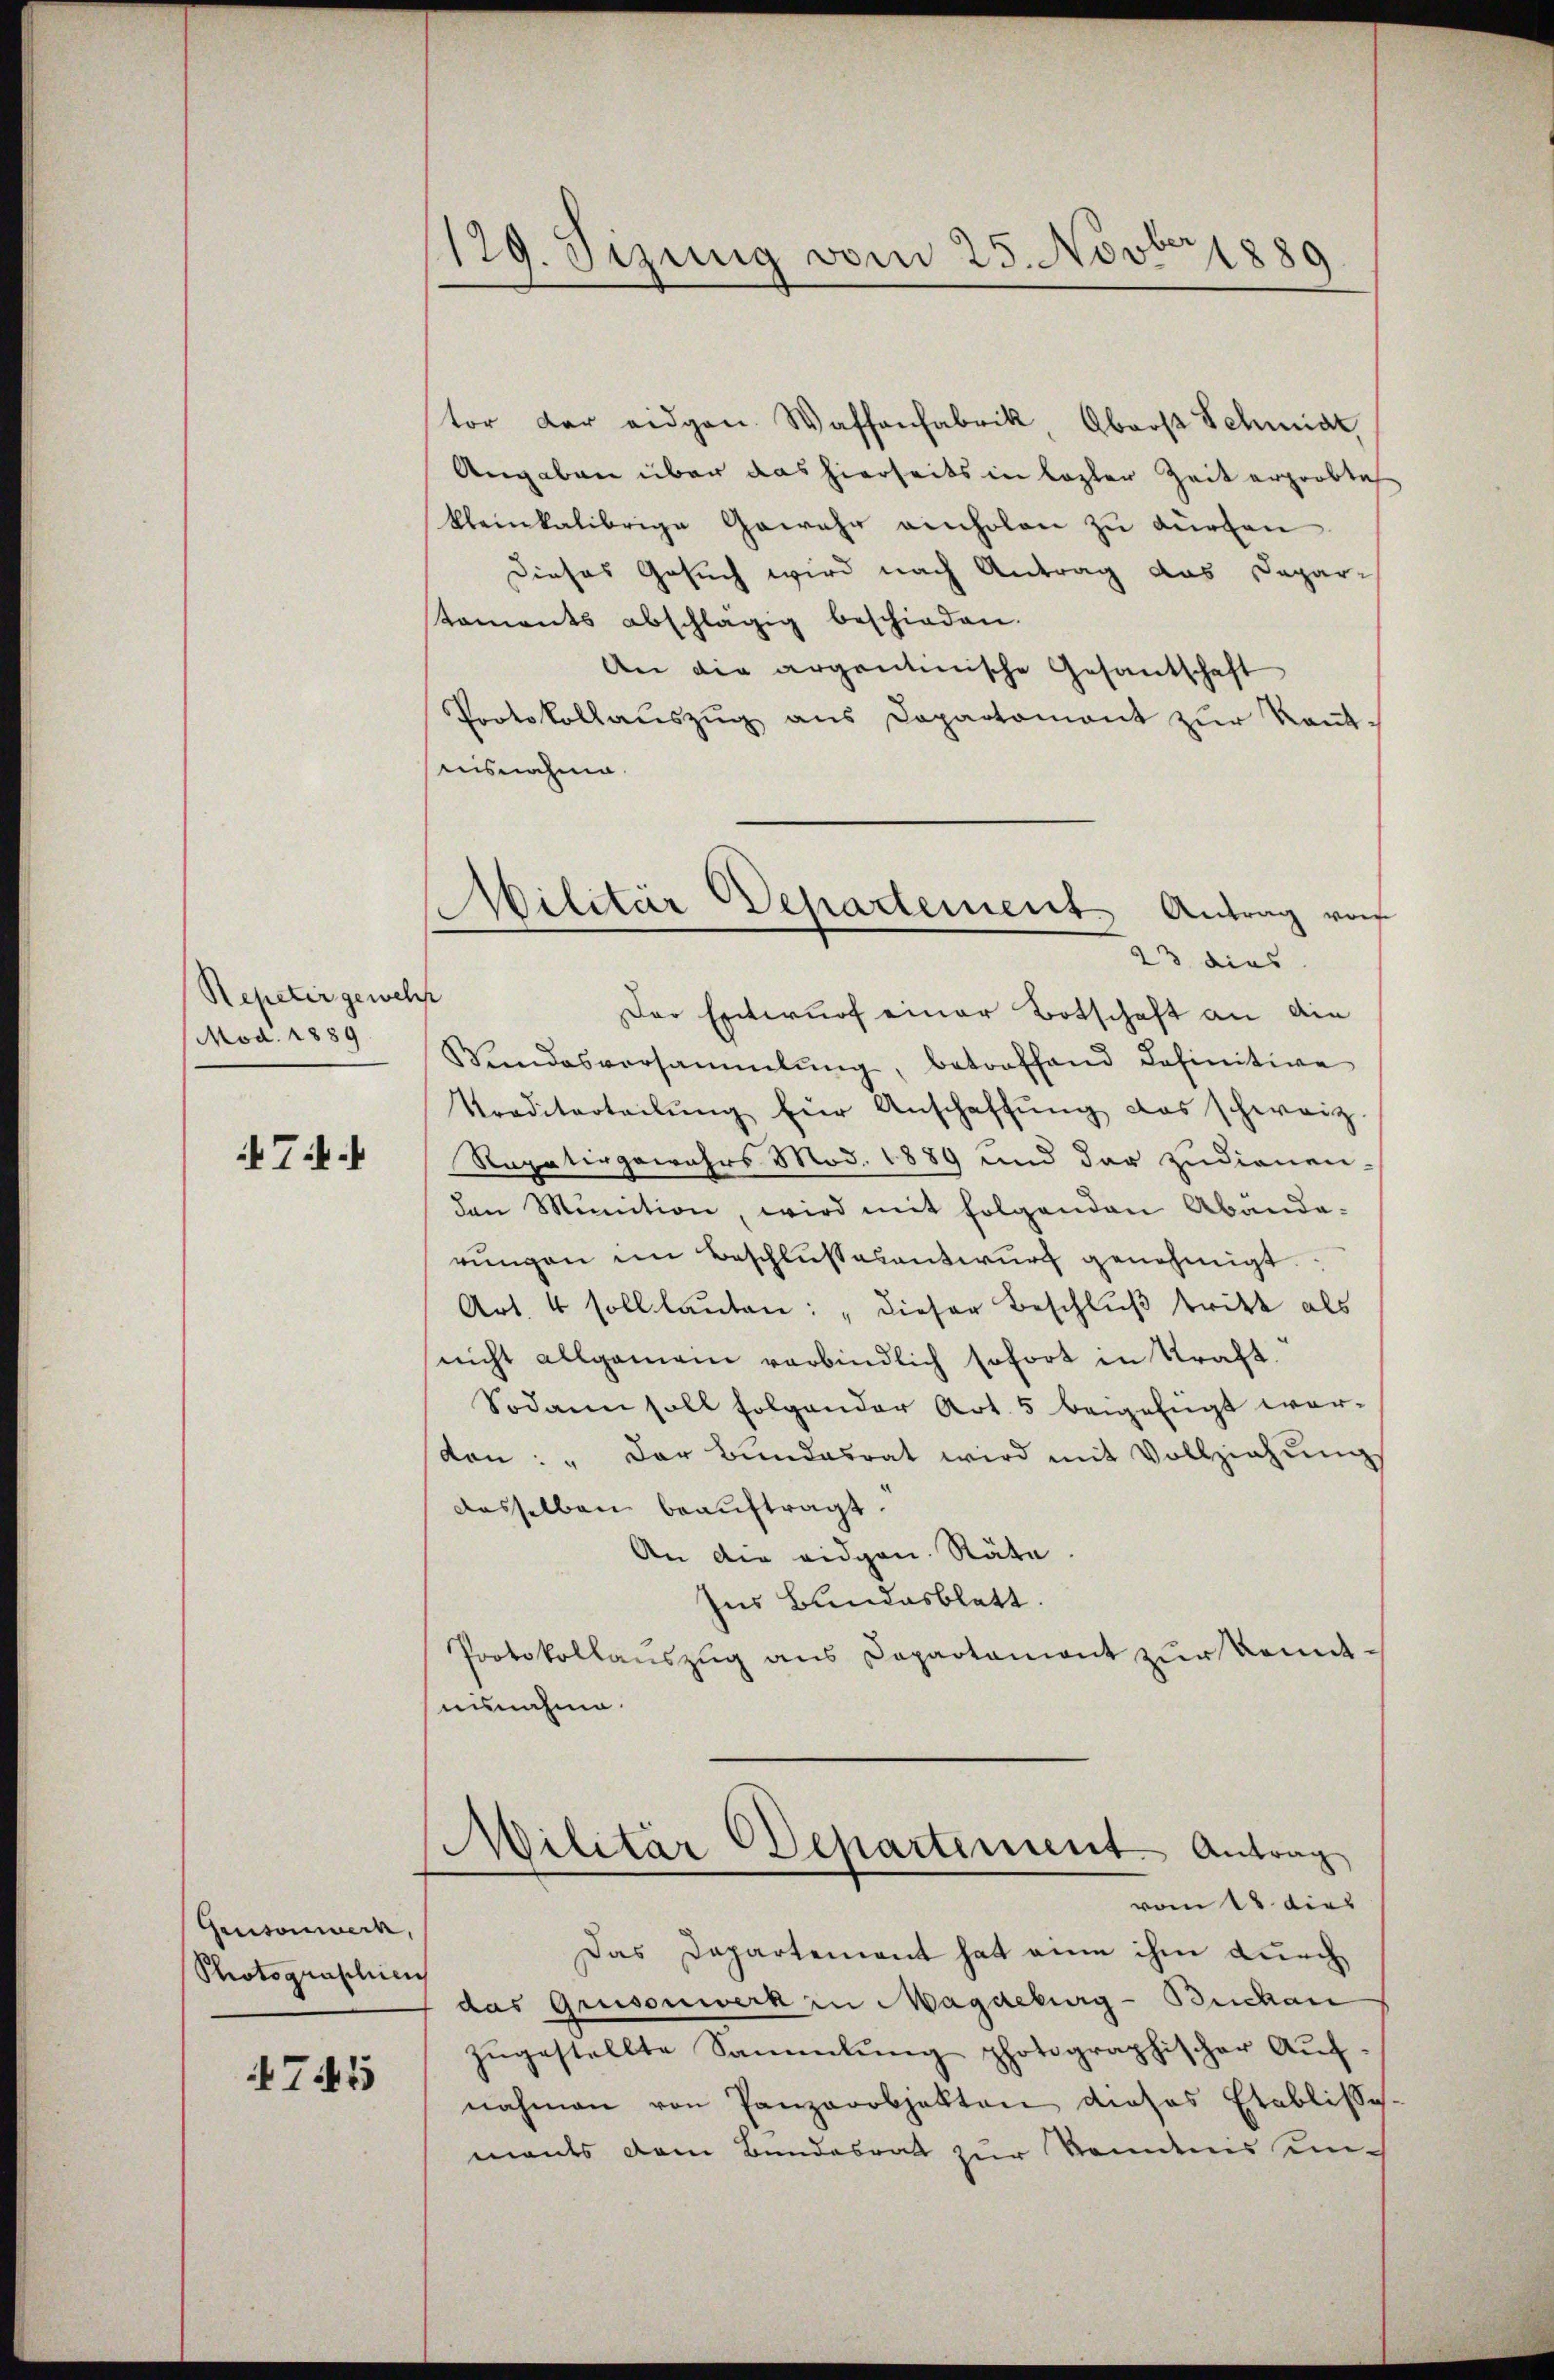
Repetir gewehr
Mod. 1889

7.

Geusonwerk,
Photographien

745

129. Jezung vom 25. Novber 1889

tor der eidgen. Wassenfabrik, Oberst Schmidt,
Angaben über das hierseits in lezter Zeit erprobte
kleinkalibrige Gewehr ainholen zu dürfen
Dieses Gesuch wird nach Antrag das Depar-
taments abschlägig beschieden.
An die argantinische Gesantschaft
Protokollaŭszŭg ans Departament zŭr Kant-
uisnahme
Der Entwurf einer Botschaft an die
Wendesversammlung, betroffend definitive
Traditarteilŭng für Anschaffŭng das schweiz.
Ragativgewahrs Mod. 1889 und der zudienen-
den Munition, wird mit folgenden Abanda-
rŭngen im Beschlußesentwurf genehmigt.
Art. 4 soll lauten: „dieser Beschluß tritt als
nicht allgemein verbindlich sofort in Kraft.
Sodann soll folgender Art. 5 beigefügt wor-
don: "Der Bundesrat wird mit Vollziehŭng
desselben beauftragt.
An die eidgen. Räte
Ins Bundesblatt.
Protokollaŭszŭg ans Capartament zŭr konnt.
ninnahme.
Militär Departement Antrag
vom 18. dies
Das Departement hat eine ihm durch
das Grusonwerk in Magdeburg-Buchau
zŭgestellte Sammlung photographischer Aŭf-
nahmen von Panzorobjekten dieses Etablissch
mants dem Bundesrath zur Nominis un¬

Militär Departement Antrag von
23 dies